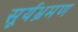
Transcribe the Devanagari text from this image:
सूर्यभ्रमण